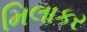
મિલાકર